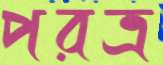
পরত্র